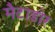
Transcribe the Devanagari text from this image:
मैटाडोर